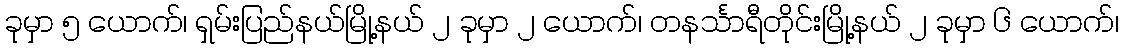
ခုမှာ ၅ ယောက်၊ ရှမ်းပြည်နယ်မြို့နယ် ၂ ခုမှာ ၂ ယောက်၊ တနင်္သာရီတိုင်းမြို့နယ် ၂ ခုမှာ ၆ ယောက်၊